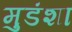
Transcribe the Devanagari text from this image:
मुडंशा